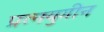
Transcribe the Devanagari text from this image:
प्रत्नयुगीन